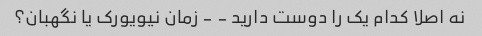
نه اصلا کدام یک را دوست دارید - - زمان نیویورک یا نگهبان؟